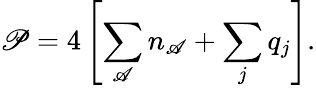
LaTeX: \mathscr{P}=4\left[\sum_{\mathscr{A}}n_{\mathscr{A}}+\sum_{j}q_{j}\right].